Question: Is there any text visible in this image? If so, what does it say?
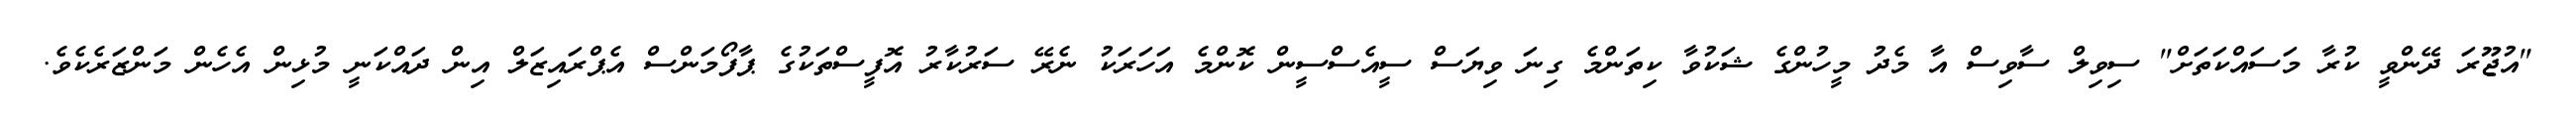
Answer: "އުޖޫރަ ދޭންވީ ކުރާ މަސައްކަތަށް" ސިވިލް ސާވިސް އާ މެދު މީހުންގެ ޝަކުވާ ކިތަންމެ ގިނަ ވިޔަސް ސީއެސްސީން ކޮންމެ އަހަރަކު ނެރޭ ސަރުކާރު އޮފީސްތަކުގެ ޕާފޯމަންސް އެޕްރައިޒަލް އިން ދައްކަނީ މުޅިން އެހެން މަންޒަރެކެވެ.